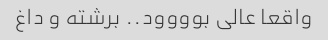
واقعا عالی بوووود.. برشته و داغ